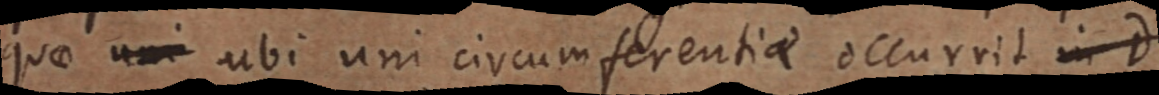
quae uni ubi uni circumferentiae occurrit in d